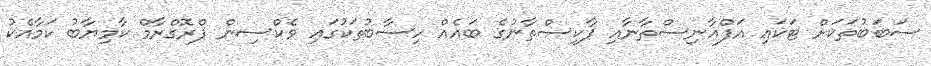
ސަބަބުތަކަށް ޓަކައި އަފްޣާނިސްތާނާއި ޕާކިސްތާނުގެ ބައެއް ހިސާބުތަކުގައި ވެކްސިން ޕްރޮގްރާމް ކާމިޔާބު ކަމާއެކު